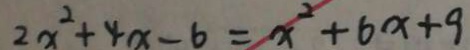
2 x ^ { 2 } + 4 x - 6 = x ^ { 2 } + 6 x + 9